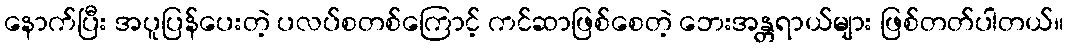
နောက်ပြီး အပူပြန်ပေးတဲ့ ပလပ်စတစ်ကြောင့် ကင်ဆာဖြစ်စေတဲ့ ဘေးအန္တရာယ်များ ဖြစ်တတ်ပါတယ်။